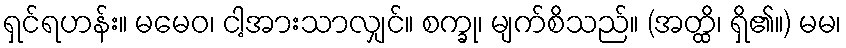
ရှင်ရဟန်း။ မမေဝ၊ ငါ့အားသာလျှင်။ စက္ခု၊ မျက်စိသည်။ (အတ္ထိ၊ ရှိ၏။) မမ၊